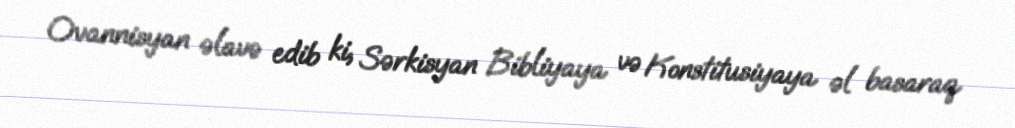
Ovannisyan əlavə edib ki, Sərkisyan Bibliyaya və Konstitusiyaya əl basaraq